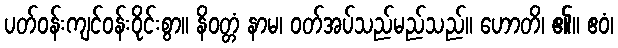
ပတ်ဝန်းကျင်ဝန်းဝိုင်းစွာ။ နိဝတ္တံ နာမ၊ ဝတ်အပ်သည်မည်သည်။ ဟောတိ၊ ၏။ ဧဝံ၊